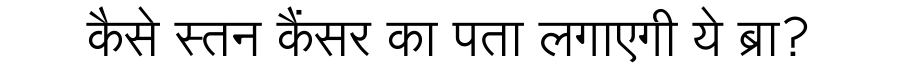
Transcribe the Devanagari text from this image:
कैसे स्तन कैंसर का पता लगाएगी ये ब्रा?